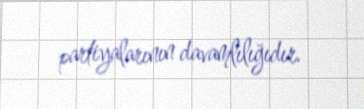
partiyalarının davamlılığıdır.